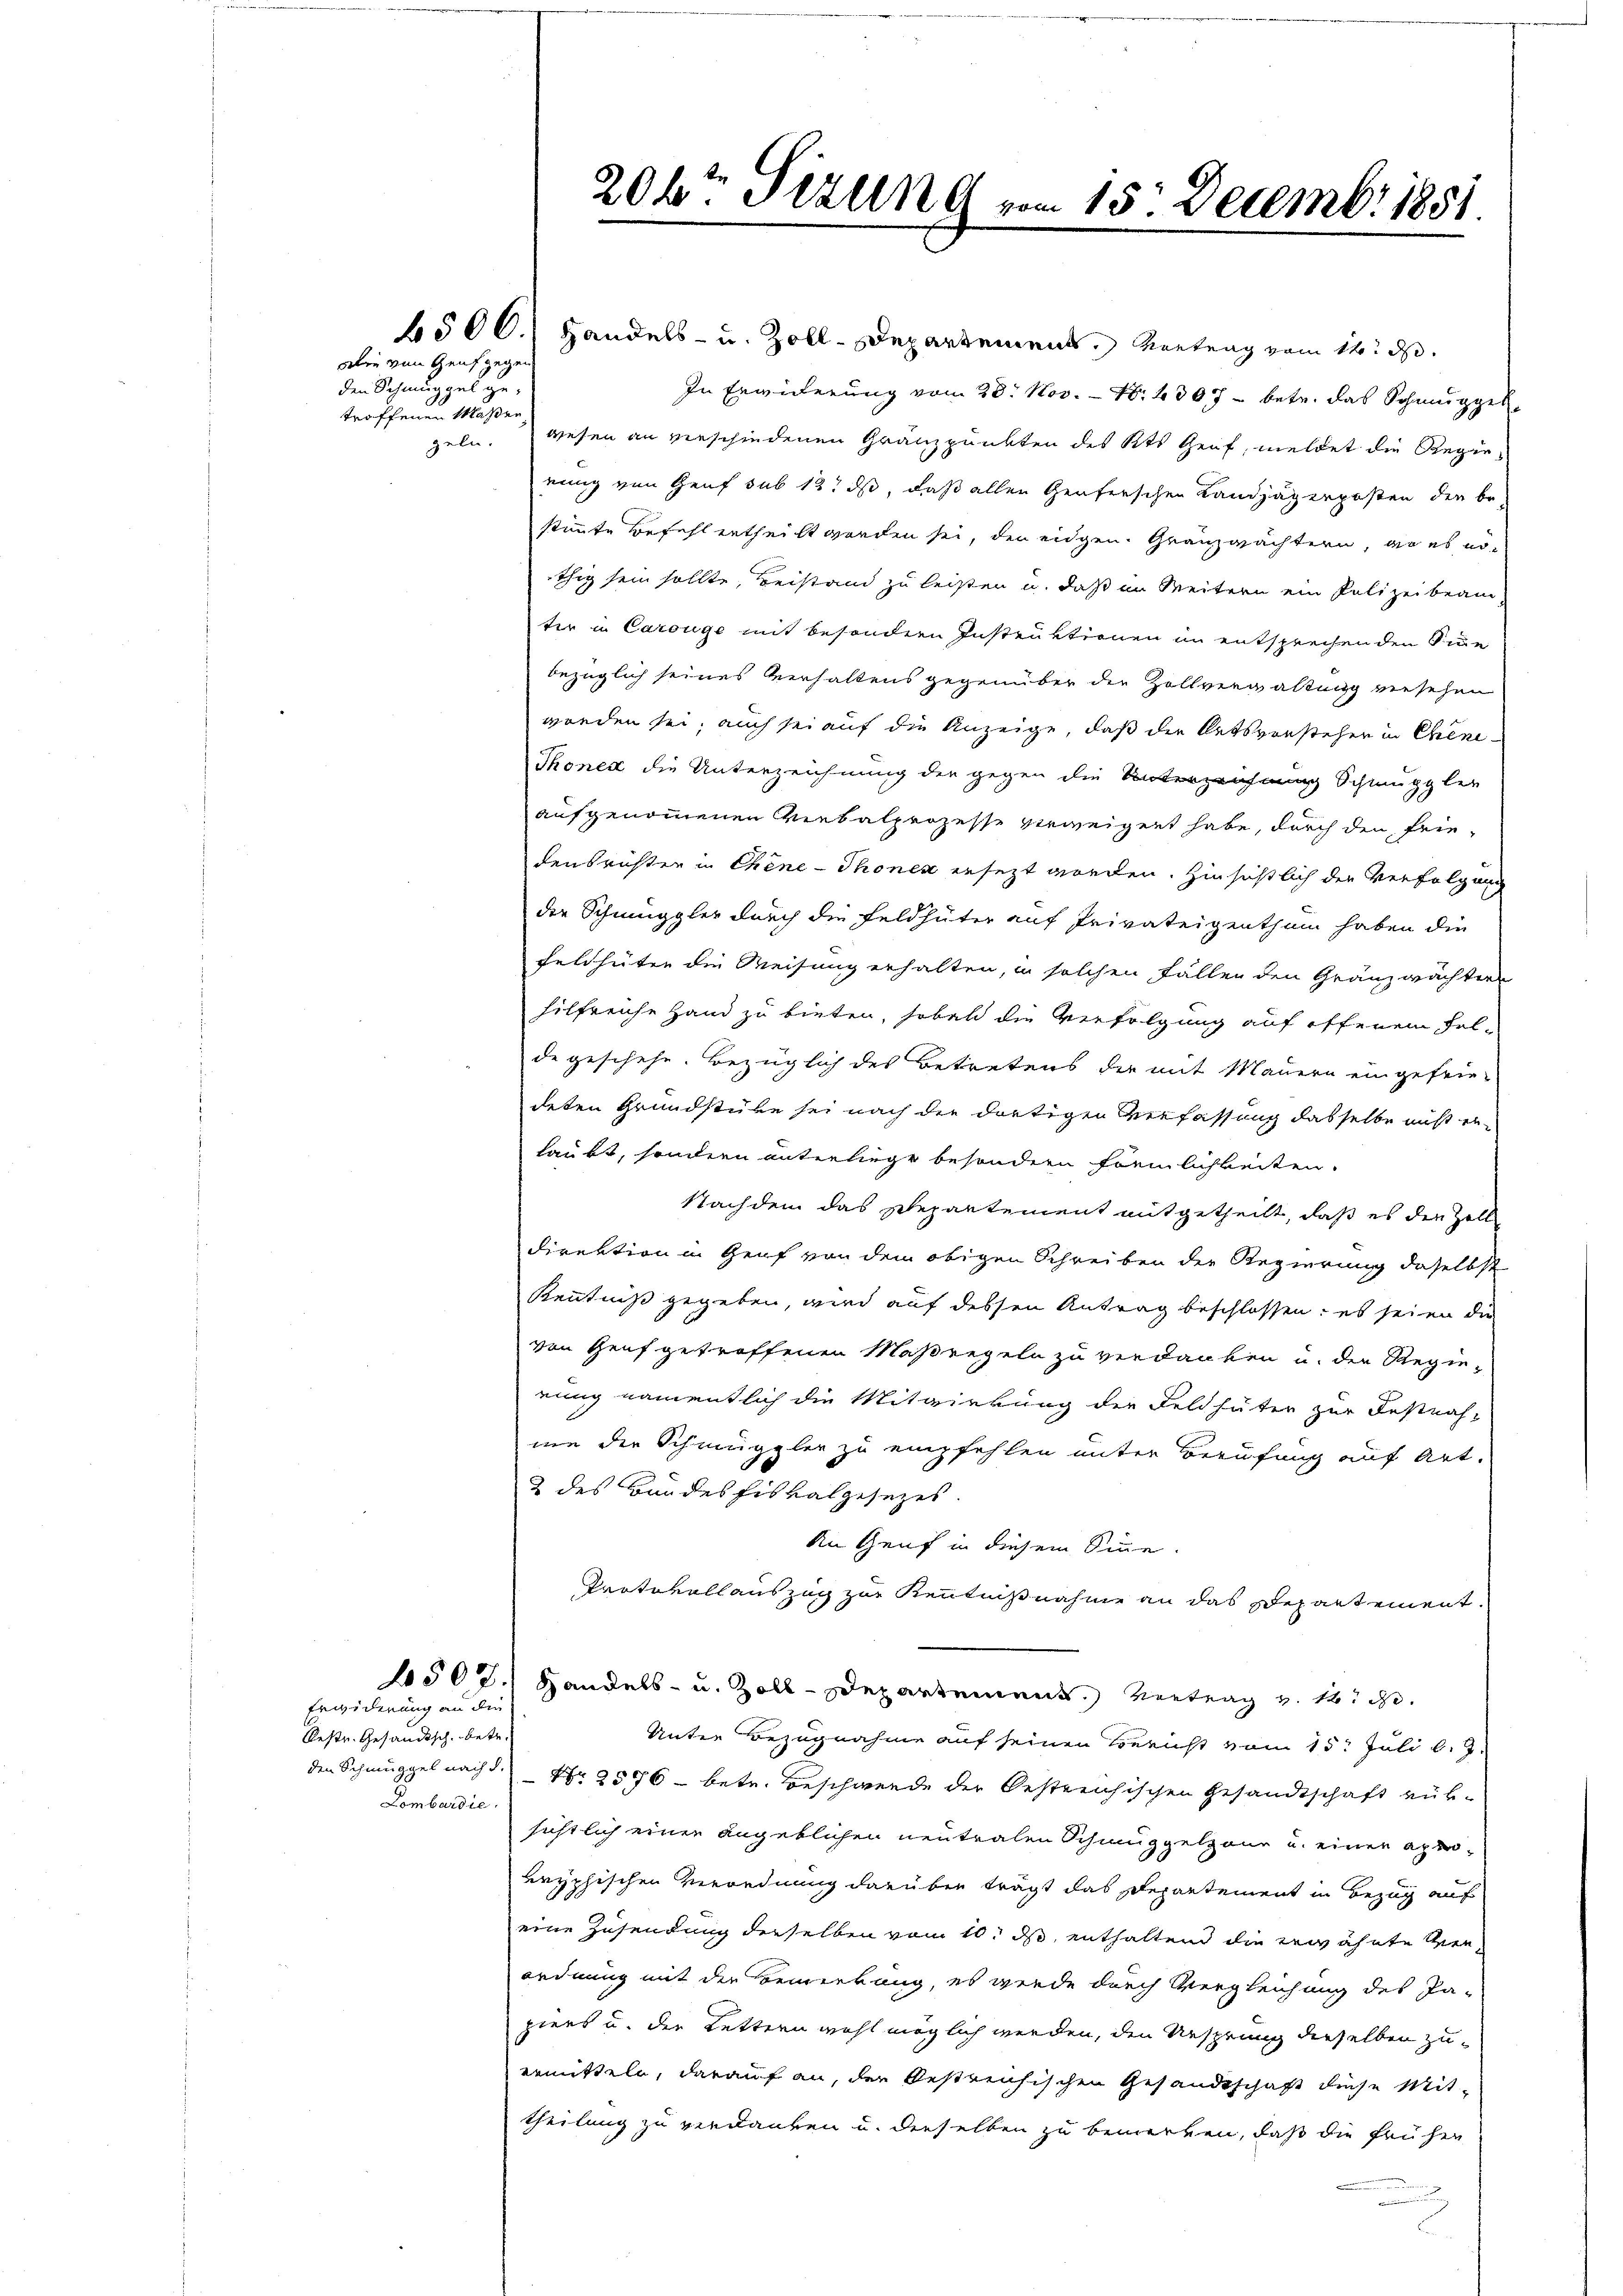
wie von Genf gegen
den Schmuggel getroffenen Maßen,

Erwiderung an die
Restr. Gesandtsch, betr.
Lombardie

6500.) Handels- u. Zoll-Departement, Vortrag vom 14. d.
In Erwiderung vom 28. Nov. - Nr. 307 - betr. das Schmuggelgeln. Wesen an verschiedenen Gränzpunkten des Kts. Genf, meldet die Regieeinig von Genf sub 12 ds, daß allen Genferschen Landjägerposten der bestimmte Befehl ertheilt worden sei, der eidgen. Granzwächtern, wo es nöthig sein sollte, Beistand zu leisten u. daß im Weitern ein Polizeibeam
ter in Carouge mit besondern Instruktionen im entsprechenden Sinn
bezüglich seines Verhaltens gegenüber die Zollverwaltung einsehen
worden sei; auch sei auf die Anzeige, daß die Ortsvorsteher in Cheni¬
Thonen die Unterzeichnung der gegen die Unterzeichnung Schmuggler
aufgenommenen Verbalprozesse verweigert habe, durch den Frie-
densrichter in Chene - Thonen ersezt worden. Hinsichtlich der Verfolgung
die Schmuggler durch die Feldhüter auf Privateigenthum haben die
Feldhüten die Weisung erhalten, in solchen Fällen den Gränzwächter
hilfreiche Hand zu bieten, haben die Verfolgung auf offenem Felde geschehe. Bezüglich des Betretens der mit Mauern eingefrie-
deten Grundstüke sei nach die dortigen Verfassung dasselbe nicht erlaubt, sondern unterliege besondern förmlichkeiten.
Nachdem das Departement mitgetheilt, daß es den Zoll
direktion in Genf von dem obigen Schreiben der Regierung daselbst
Kenntniß gegeben, wird auf dessen Antrag beschlossen; es seien die
von Genf getroffenen Maßregeln zu verdanken u. der Regierung namentlich die Mitwirkung der Feldhäter zur Festraf-
mie der Schmuggler zu empfehlen unter Berufung auf Art.
2 des Bundesfiskalgesezes
An Genf in diesem Sinne.
Protokollauszug zur Kenntnißnahme an das Departement.
4502. Handels- u. Zoll-Departement. Vertrag v. 12. d.
Unter Bezugnahme auf seinen Bericht vom 15. Juli l. J.
den Schmuggel nach d. Nr. 2576 - betr. Beschwerde der Oestreichischen Gesandtschaft rüksichtlich einer Angeblichen neutralen Schmuggelzour u. einer aprokryphischen Verordnung darüber trägt das Departement in Bezug auf
eine Zusendung derselben vom 10. ds, enthaltend die erwähnte Verordnung mit der Bemerkung, es werde durch Vergleichung des Pa-
piers u. der Lettern wohl möglich werden, den Ursprung derselben zuermitteln, darauf an, der bestreichischen Gesandtschaft diese Mittheilung zu verdanken u. derselben zu bemerken, daß die früher

206t Tizung vom 15. Decembr. 1851.